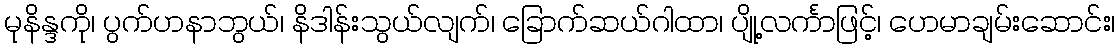
မုနိန္ဒကို၊ ပွက်ဟနာဘွယ်၊ နိဒါန်းသွယ်လျက်၊ ခြောက်ဆယ်ဂါထာ၊ ပျို့လင်္ကာဖြင့်၊ ဟေမာချမ်းဆောင်း၊